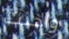
وأخذت